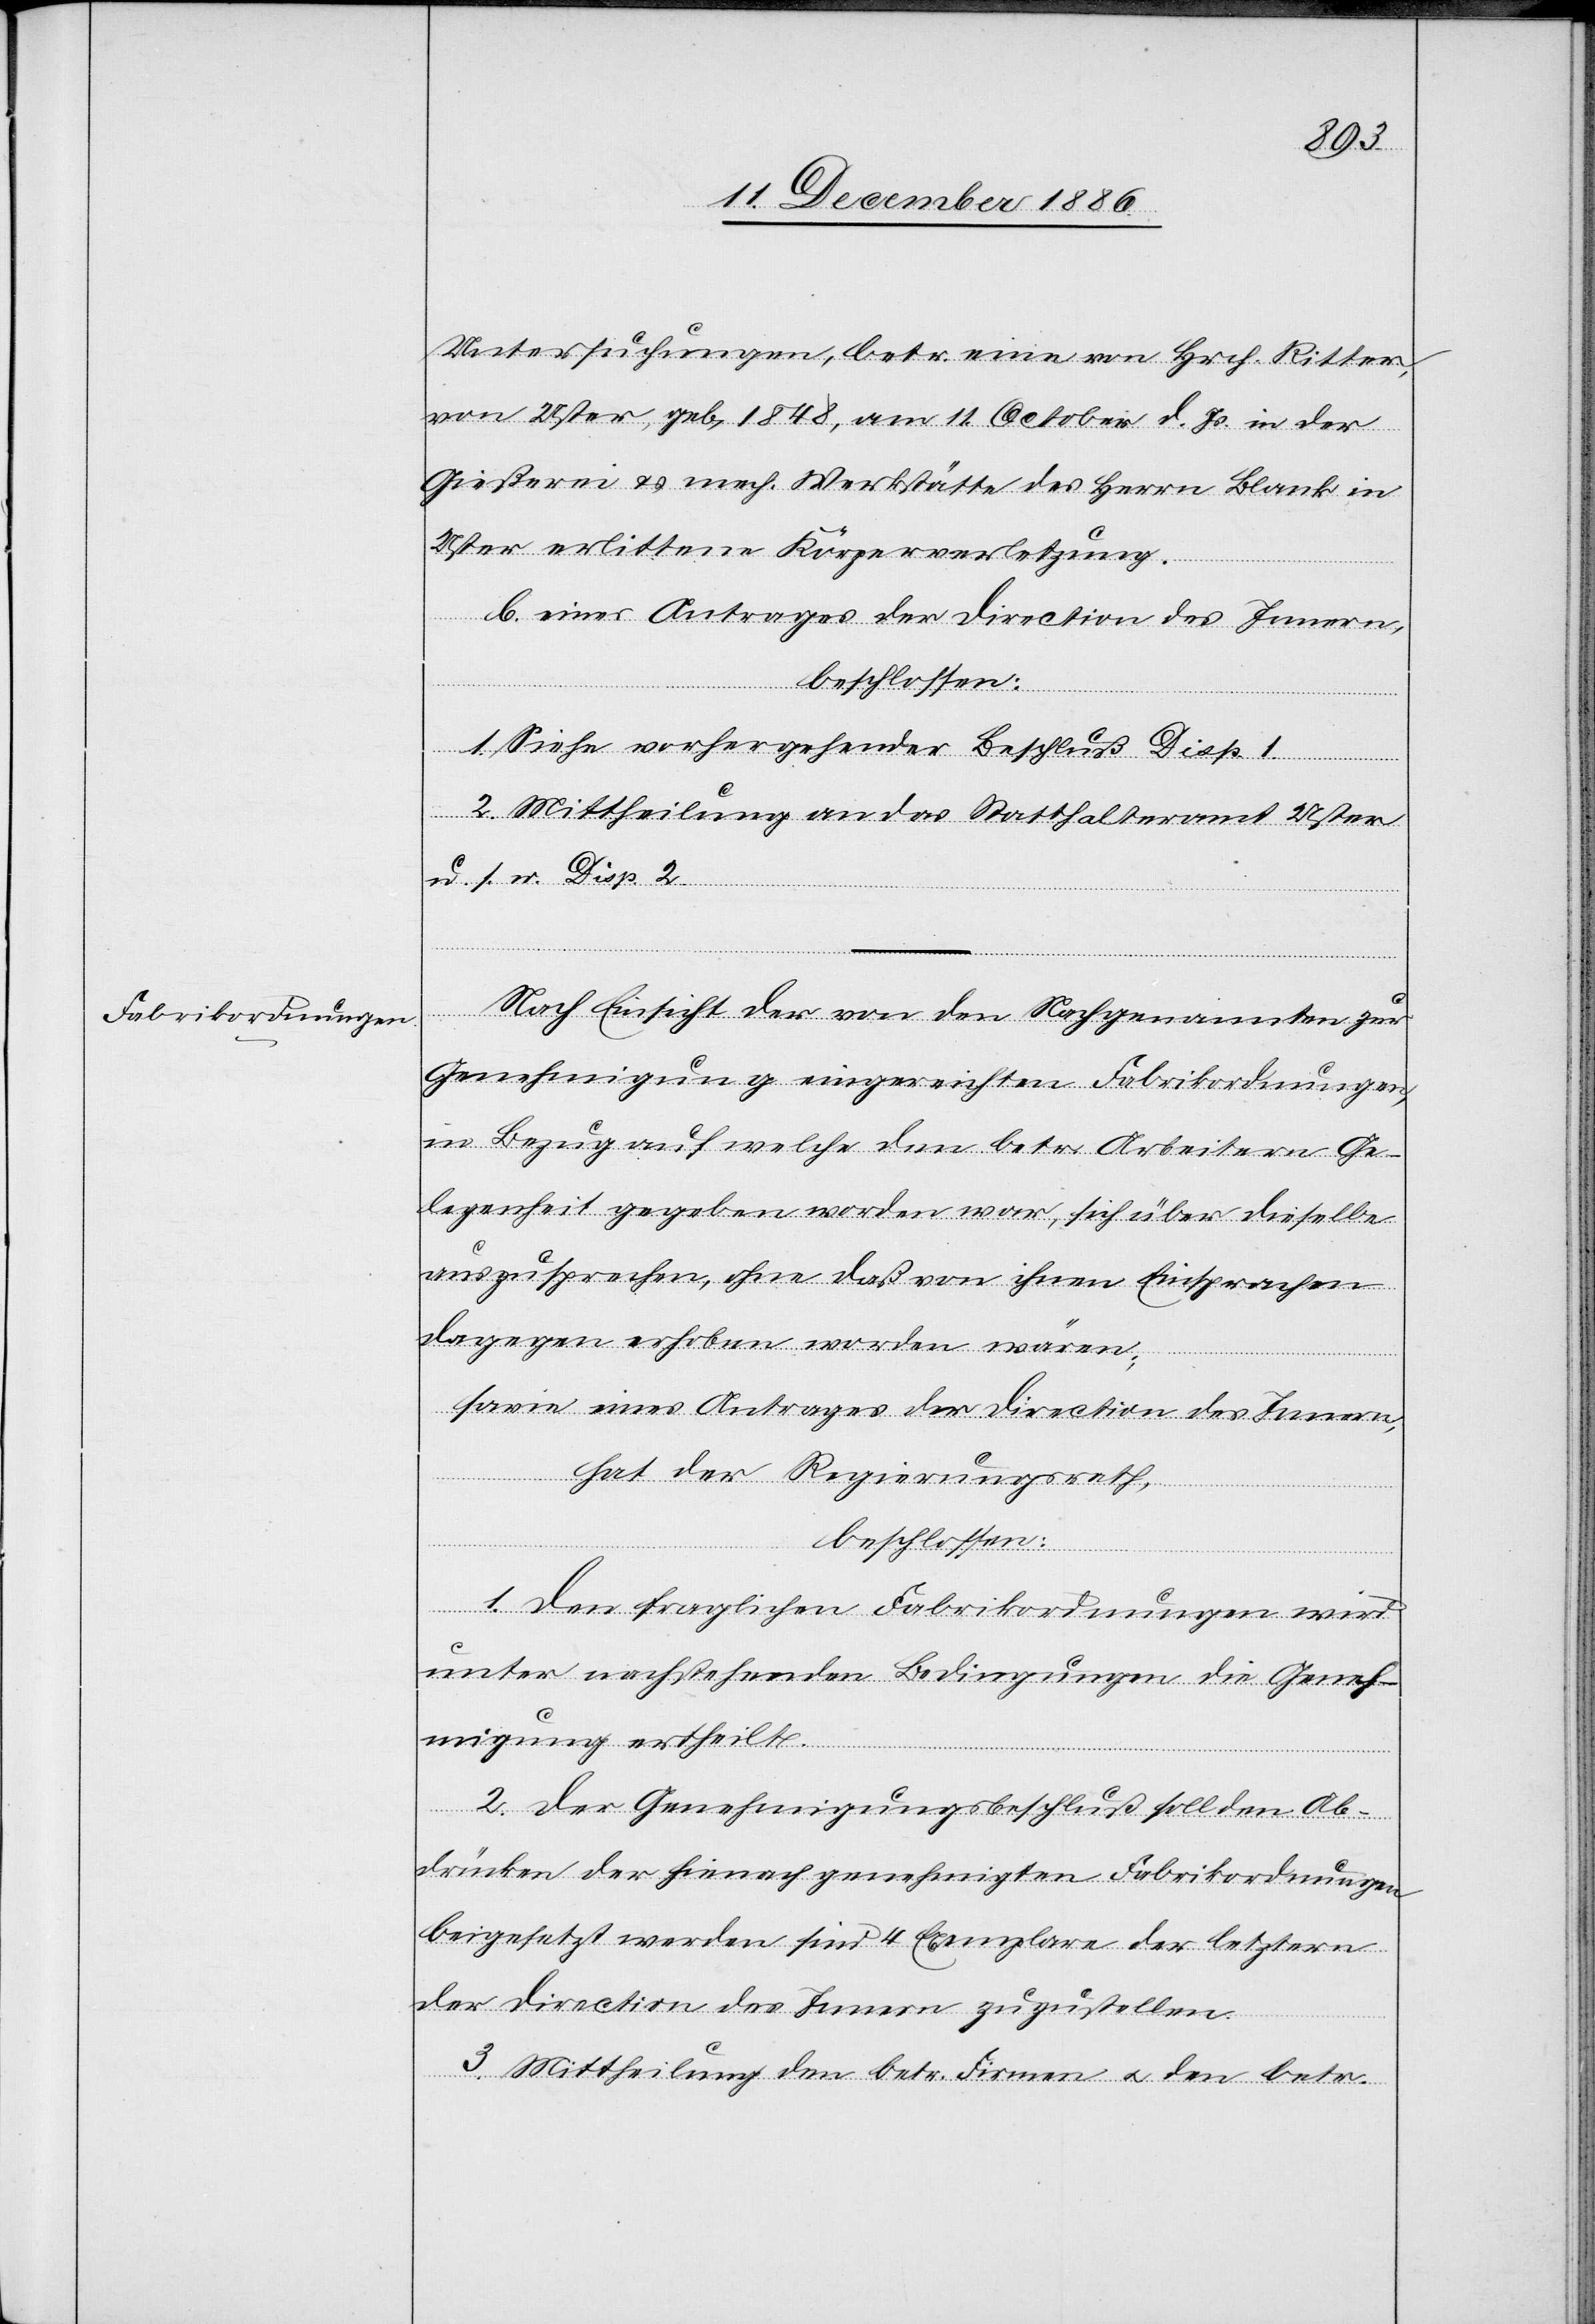
Untersuchungen, betr. eine von Hrch. Ritter,
von Uster, geb. 1848, am 11. October d. Js. in der
Gießerei & mech. Werkstätte des Herrn Blank in
Uster erlittene Körperverletzung.
b. eines Antrages der Direction des Innern,
beschlossen:
1. Siehe vorhergehender Beschluß Disp. 1.
2. Mittheilung an das Statthalteramt Uster
u. s. w. Disp. 2.
Nach Einsicht der von den Nachgenannten zur
Genehmigung eingereichten Fabrikordnungen,
in Bezug auf welche den betr. Arbeitern Ge¬
legenheit gegeben worden war, sich über dieselbe
auszusprechen, ohne daß von ihnen Einsprachen
dagegen erhoben worden wären;
sowie eines Antrages der Direction des Innern,
hat der Regierungsrath,
beschlossen:
1. Den fraglichen Fabrikordnungen wird
unter nachstehenden Bedingungen die Geneh¬
migung ertheilt.
2. Der Genehmigungsbeschluß soll den Ab¬
drücken der hienach genehmigten Fabrikordnungen
beigesetzt werden sind 4 Exemplare der letztern
der Direction des Innern zuzustellen
3. Mittheilung den betr. Firmen & den betr.